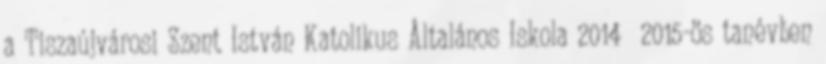
a Tiszaújvárosi Szent István Katolikus Általános Iskola 2014 2015-ös tanévben